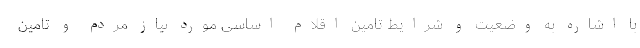
با اشاره به وضعیت و شرایط تامین اقلام اساسی مورد نیاز مردم و تامین